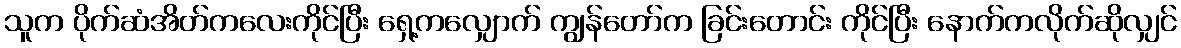
သူက ပိုက်ဆံအိတ်ကလေးကိုင်ပြီး ရှေ့ကလျှောက် ကျွန်တော်က ခြင်းတောင်း ကိုင်ပြီး နောက်ကလိုက်ဆိုလျှင်